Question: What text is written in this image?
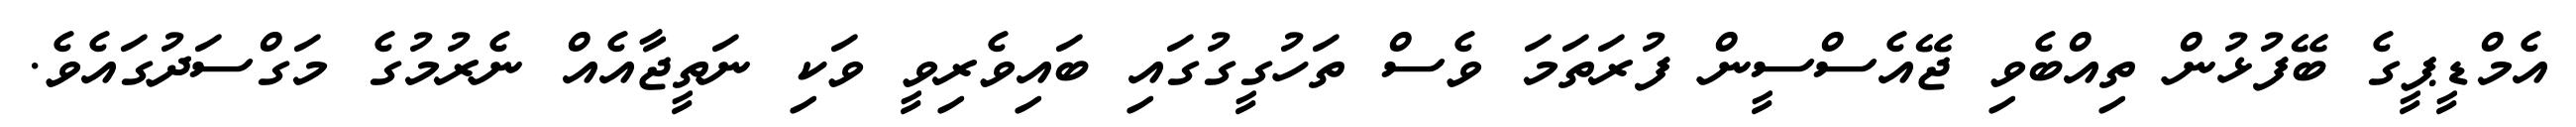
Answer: އެމްޑީޕީގެ ބޭފުޅުން ތިއްބެވި ޖޭއެސްސީން ފުރަތަމަ ވެސް ތަހުގީގުގައި ބައިވެރިވީ ވަކި ނަތީޖާއެއް ނެރުމުގެ މަގްސަދުގައެވެ.